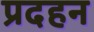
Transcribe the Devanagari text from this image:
प्रदहन